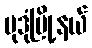
မုဒုံမြို့နယ်